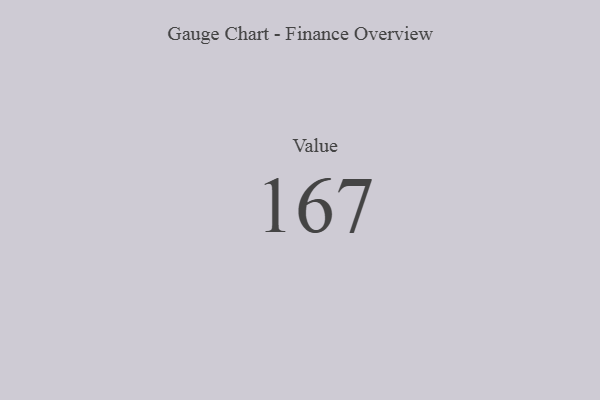
{"axis": {"x": "Metric", "y": "Value"}, "legend": [""], "data": [{"x": "Value", "y": 167, "type": ""}]}